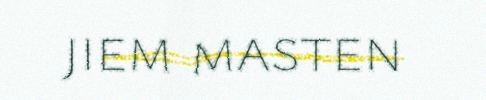
jiem masten